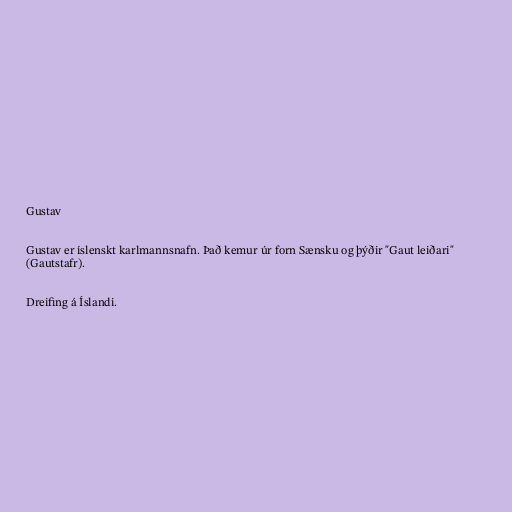
Gustav

Gustav er íslenskt karlmannsnafn. Það kemur úr forn Sænsku og þýðir "Gaut leiðari"
(Gautstafr).

Dreifing á Íslandi.